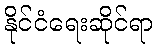
နိုင်ငံရေးဆိုင်ရာ